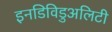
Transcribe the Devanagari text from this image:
इनडिविडुअलिटी